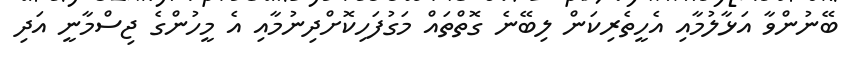
ބޭނުންވާ އަޅާލުމާއި އެހީތެރިކަން ލިބޭނެ ގޮތްތައް މަގުފަހިކޮށްދިނުމާއި އެ މީހުންގެ ޖިސްމާނީ އަދި